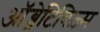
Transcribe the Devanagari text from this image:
ऑब्जेटिविज़्म